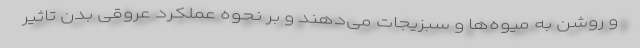
و روشن به میوه‌ها و سبزیجات می‌دهند و بر نحوه عملکرد عروقی بدن تاثیر